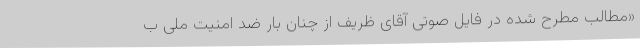
«مطالب مطرح شده در فایل صوتی آقای ظریف از چنان بار ضد امنیت ملی ب